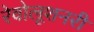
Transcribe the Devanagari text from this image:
रेवोलूशनरी